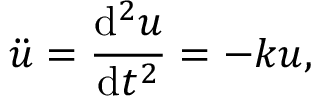
\Ddot { u } = \frac { \mathrm { d } ^ { 2 } u } { \mathrm { d } t ^ { 2 } } = - k u ,